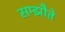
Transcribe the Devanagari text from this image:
सम्झौते